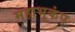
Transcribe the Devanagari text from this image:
महाभूकंप